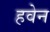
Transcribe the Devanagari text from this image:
हवेन